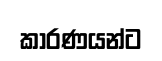
කාරණයන්ට